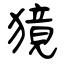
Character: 獍